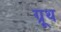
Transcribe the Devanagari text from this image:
ग्रूथ